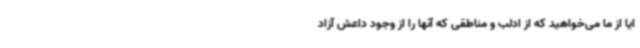
ایا از ما می‌خواهید که از ادلب و مناطقی که آنها را از وجود داعش آزاد